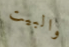
والبيت